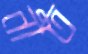
নীত